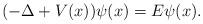
LaTeX: \begin{align*}(-\Delta+V(x))\psi(x)=E\psi(x).\end{align*}